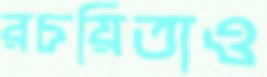
রচয়িতাও